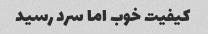
کیفیت خوب اما سرد رسید